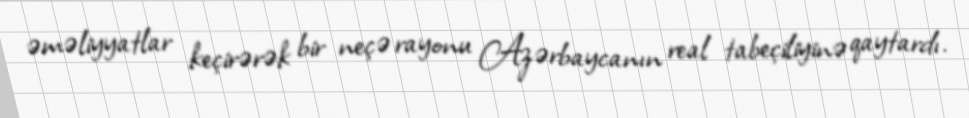
əməliyyatlar keçirərək bir neçə rayonu Azərbaycanın real tabeçiliyinə qaytardı.